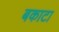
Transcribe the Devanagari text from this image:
बकाटा